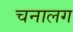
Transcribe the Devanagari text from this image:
चनालग